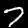
Digit: 7